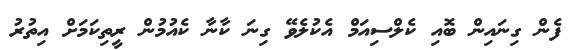
ފެން ގިނައިން ބޮއި ކެލްސިއަމް އެކުލެވޭ ގިނަ ކާނާ ކެއުމުން ރީތިކަމަށް އިތުރު